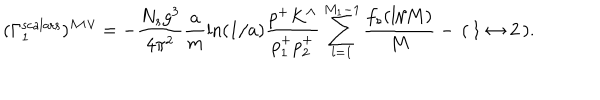
( \Gamma _ { 1 } ^ { \mathrm { s c a l a r s } } ) ^ { \wedge \wedge \vee } = - \frac { N _ { s } g ^ { 3 } } { 4 \pi ^ { 2 } } \frac { a } { m } \ln ( 1 / a ) \frac { p ^ { + } K ^ { \wedge } } { p _ { 1 } ^ { + } p _ { 2 } ^ { + } } \sum _ { l = 1 } ^ { M _ { 1 } - 1 } \frac { f _ { s } ( l / M ) } { M } - \, ( \, 1 \leftrightarrow 2 \, ) .